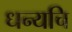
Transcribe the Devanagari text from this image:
धन्यचि